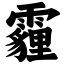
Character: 霾